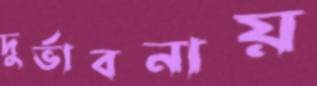
দুর্ভাবনায়